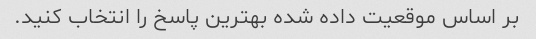
بر اساس موقعیت داده شده بهترین پاسخ را انتخاب کنید.